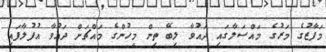
މަފާޒުގެ މަރުގެ މައްސަލާގައި ދައުވާ ލިބޭ ތިން މީހުންގެ މައްޗަށް ދައުވާ އުފުލާފައި